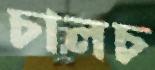
চালচ